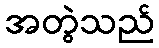
အတွဲသည်